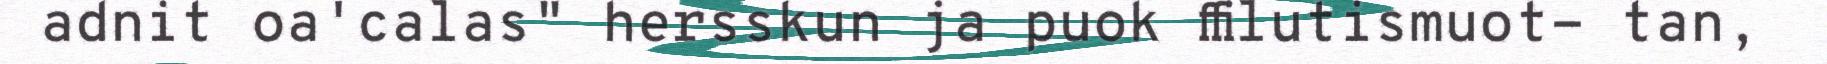
adnit oa'calas" hersskun ja puok ffilutismuot- tan,